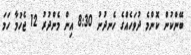
ބޭންކުން ކޮންމެ ދުވަހެއްގެ ހެނދުނު 8:30 އިން މެންދުރު 12 ޖެހުމާ ހަމަ